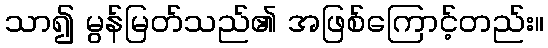
သာ၍ မွန်မြတ်သည်၏ အဖြစ်ကြောင့်တည်း။